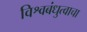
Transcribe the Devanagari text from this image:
विश्वबंधुत्वाचा